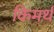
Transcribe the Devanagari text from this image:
किमर्थ